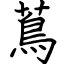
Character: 蔦